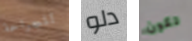
للجراحة دلو تكون